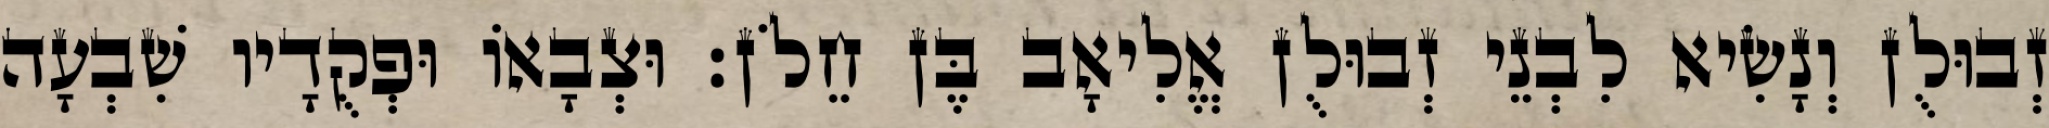
זְבוּלֻן וְנָשִׂיא לִבְנֵי זְבוּלֻן אֱלִיאָב בֶּן חֵלֹן׃ וּצְבָאוֹ וּפְקֻדָיו שִׁבְעָה